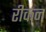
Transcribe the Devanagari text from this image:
रीकन